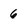
Character: 6